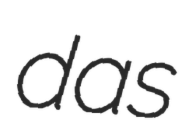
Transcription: das